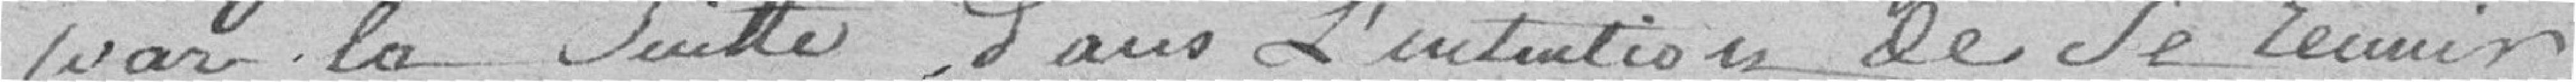
par la suite dans l'intention de se réunir